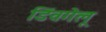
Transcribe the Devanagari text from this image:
डिंवगेलू